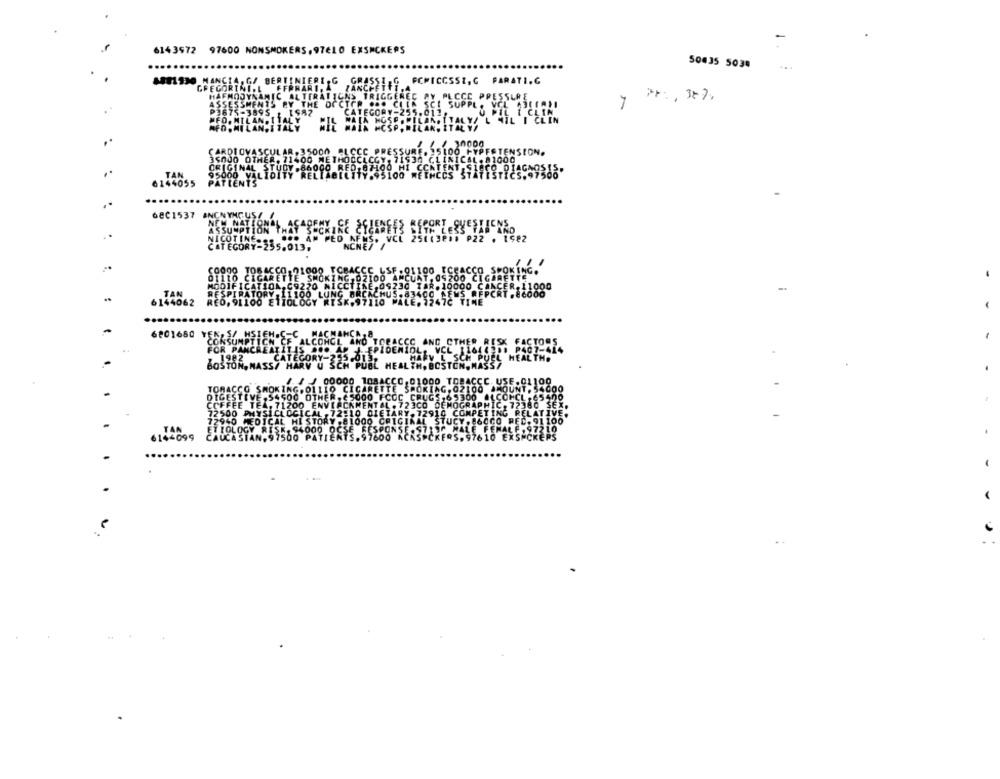
6143972 97600 NONSMOKERS,97€LO EXSNCKERS
50435 5038
BER
.G GRA
FCMICCSSI, C PARATI.G
30000
O HYPERTENSION.
ICAL . 81000
6144055
68C1537 ANCNYNG
NICOTI
CATEGO
6144062
6201680
BOL HEAL
6144099
.